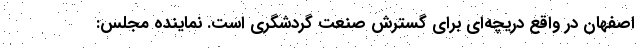
اصفهان در واقع دریچه‌ای برای گسترش صنعت گردشگری است. نماینده مجلس: